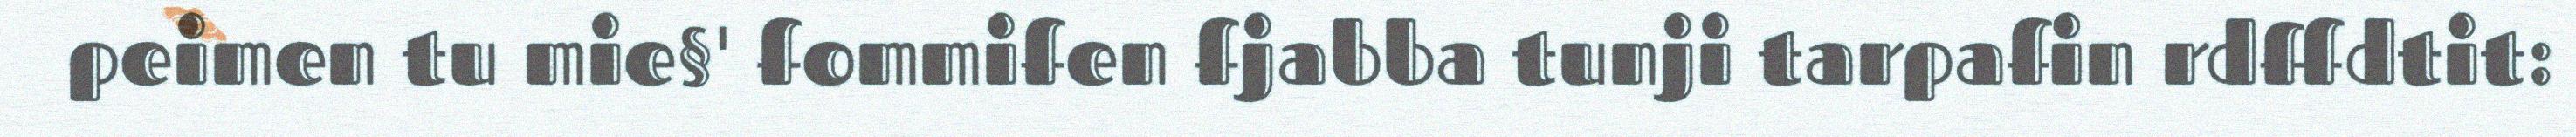
peimen tu mie§' fommifen fjabba tunji tarpafin rdffdtit: